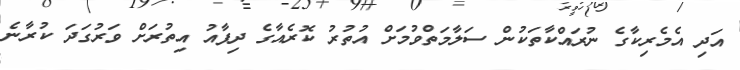
އަދި އެމެރިކާގެ ނުރައްކާތަކުން ސަލާމަތްވުމަށް އުތުރު ކޮރެއާގެ ދިފާއު އިތުރަށް ވަރުގަދަ ކުރާނެ